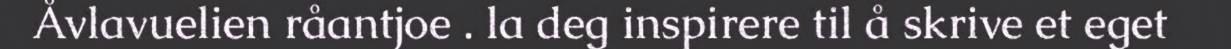
Åvlavuelien råantjoe . la deg inspirere til å skrive et eget